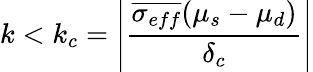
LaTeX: k<k_{c}=\left|\frac{\overline{{\sigma_{eff}}}(\mu_{s}-\mu_{d})}{\delta_{c}}\right|